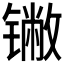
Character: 𬭯